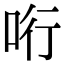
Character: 哘